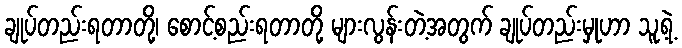
ချုပ်တည်းရတာတို့၊ စောင့်စည်းရတာတို့ များလွန်းတဲ့အတွက် ချုပ်တည်းမှုဟာ သူ့ရဲ့